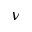
\nu